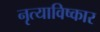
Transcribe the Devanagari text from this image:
नृत्याविष्कार